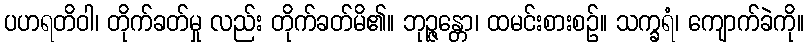
ပဟရတိဝါ၊ တိုက်ခတ်မှု လည်း တိုက်ခတ်မိ၏။ ဘုဉ္ဇန္တော၊ ထမင်းစားစဉ်။ သက္ခရံ၊ ကျောက်ခဲကို။